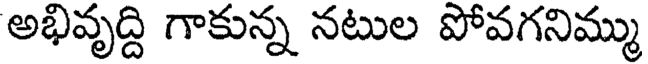
అభివృద్ది గాకున్న నటుల పోవగనిమ్ము